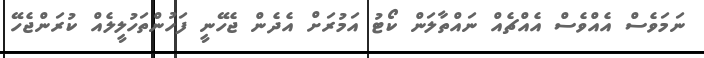
ނަމަވެސް އެއްވެސް އެއްޗެއް ނައްތާލަން ކޯޓު އަމުރަށް އެދެން ޖެހޭނީ ފަހުންތަހުލީލެއް ކުރަންޖެހޭ